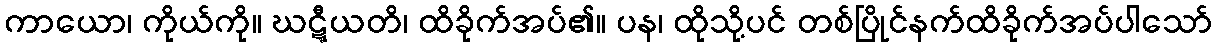
ကာယော၊ ကိုယ်ကို။ ဃဋ္ဋီယတိ၊ ထိခိုက်အပ်၏။ ပန၊ ထိုသို့ပင် တစ်ပြိုင်နက်ထိခိုက်အပ်ပါသော်